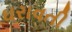
ઘરાવતી